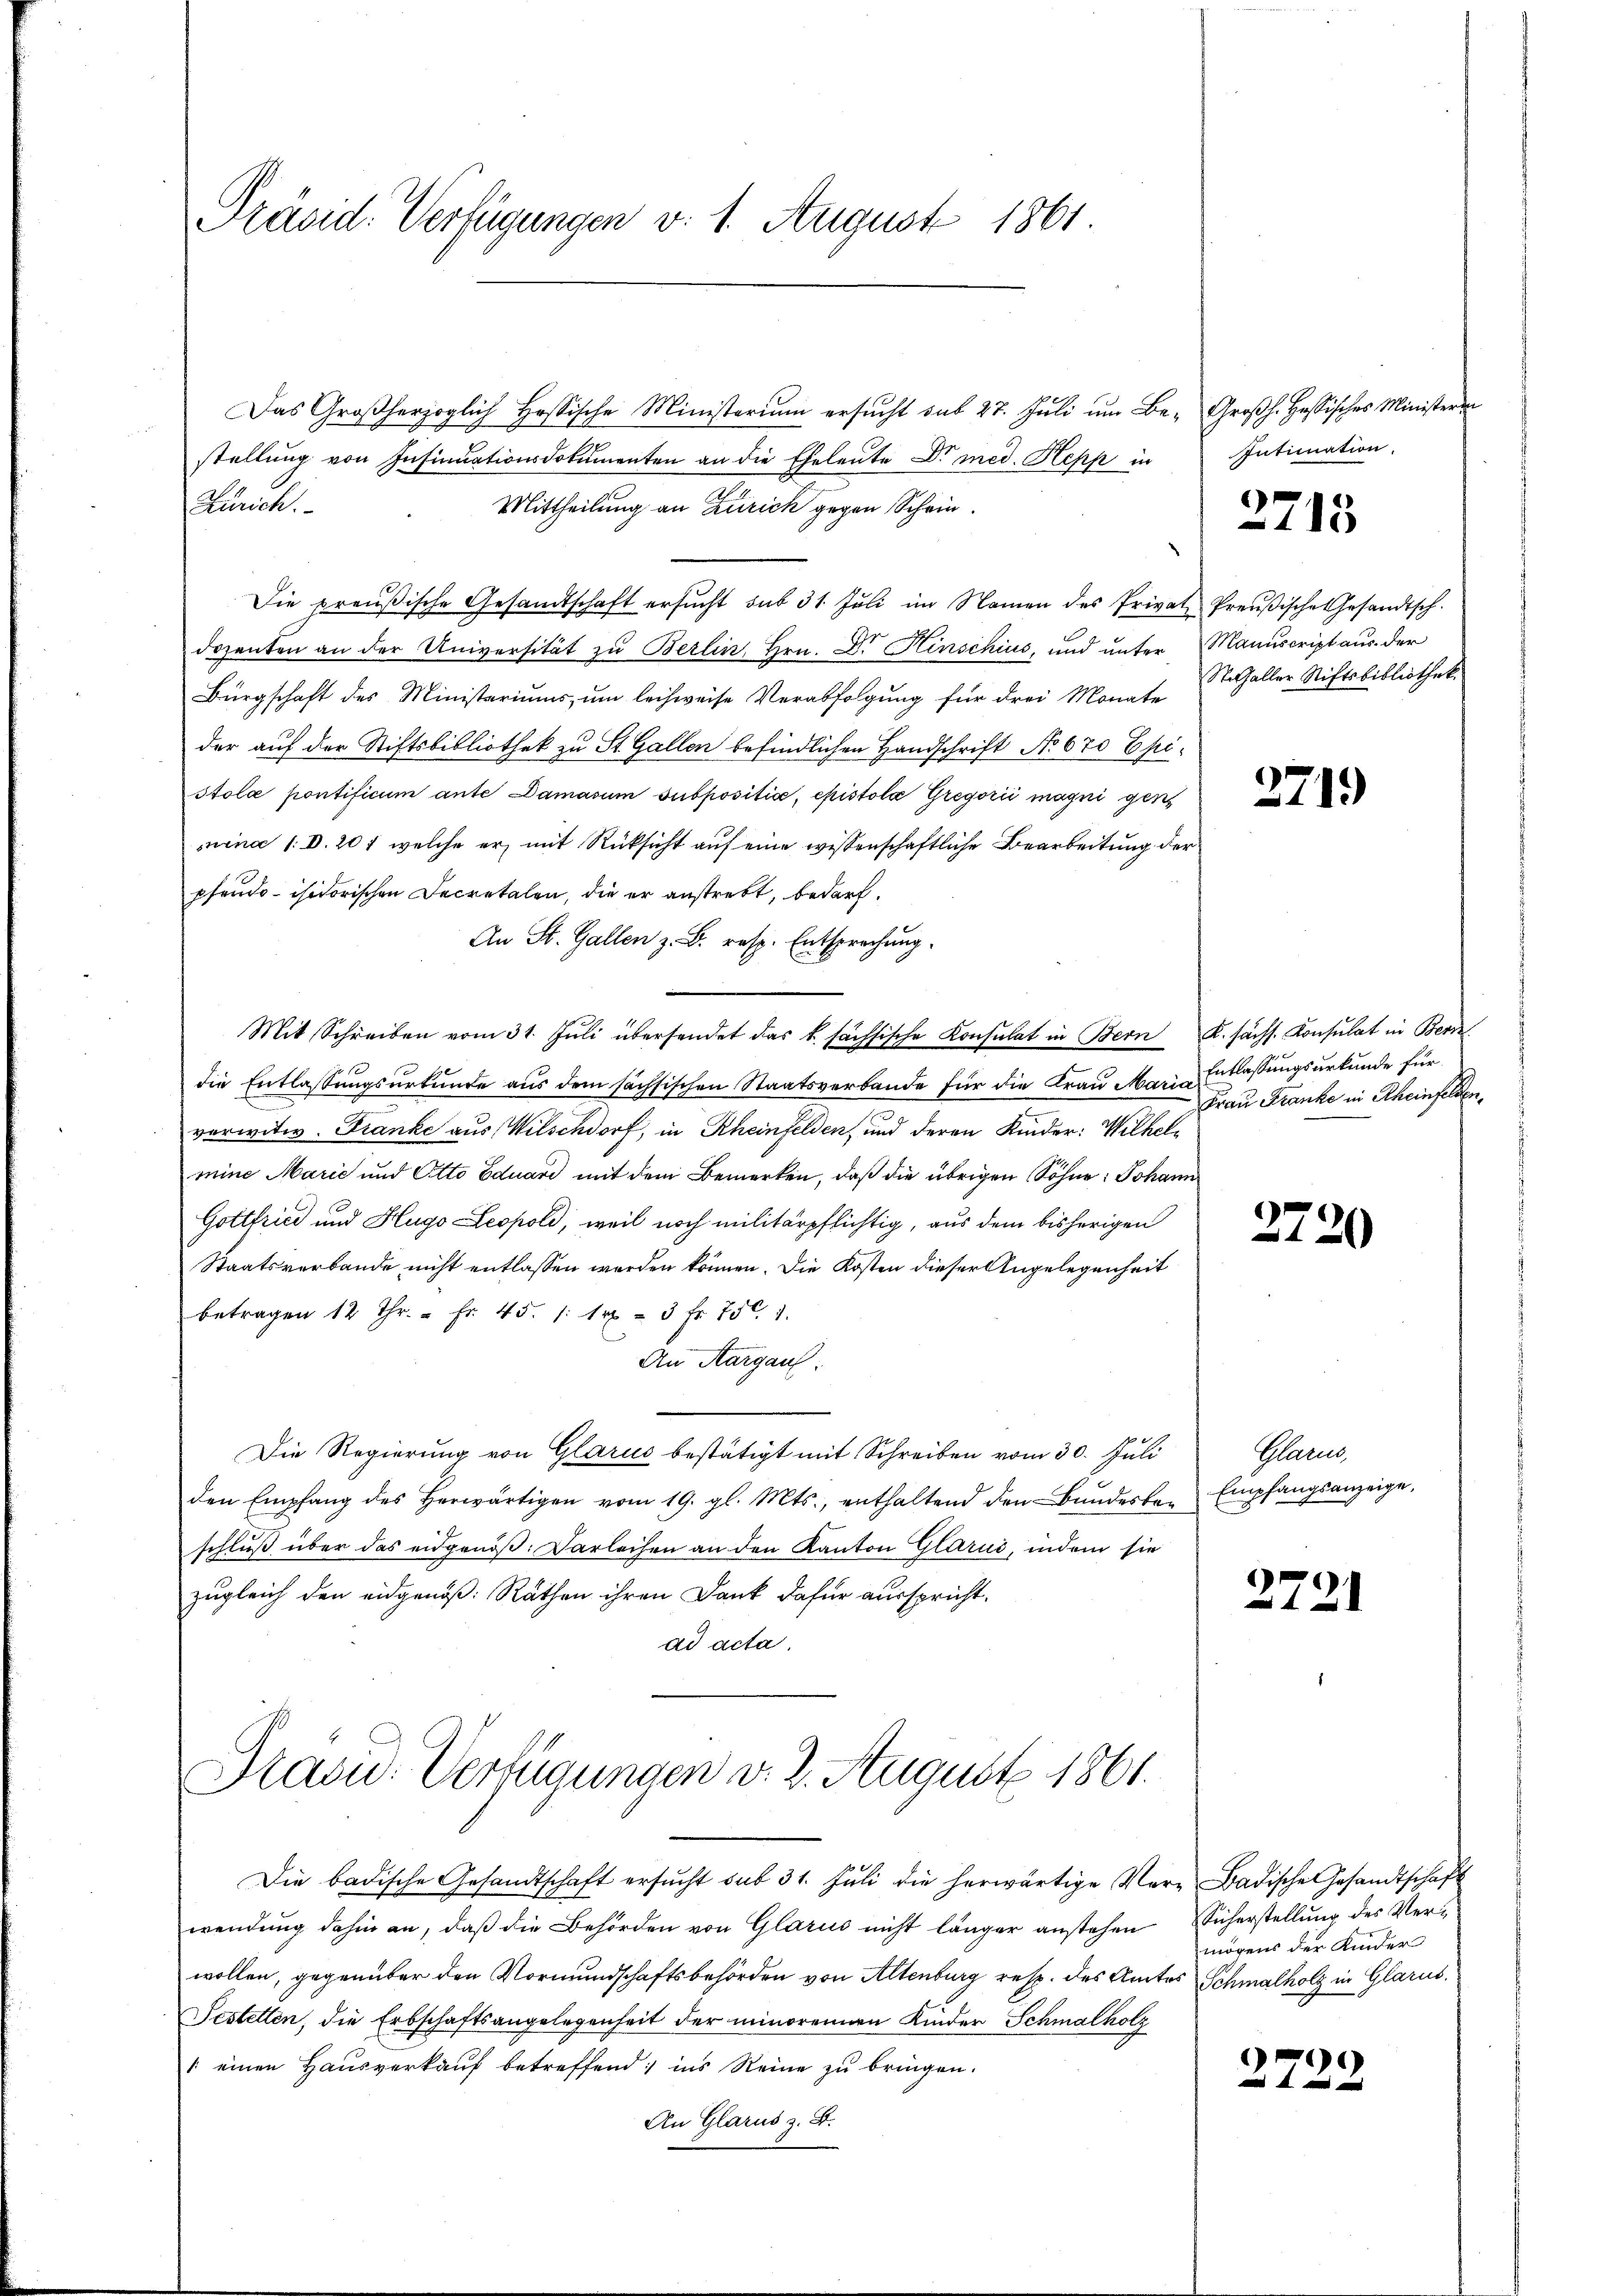
Präsid. Verfügungen v. 1. August 1861

Die badische Gesandtschaft ersŭcht sub 31. Jŭli die herwärtige Ver- Badische Gesandtschaft
wendung dahin an, daß die Behörden von Glarus nicht länger anstehen
wollen, gegenüber den Vormundschaftsbehörden von Altenburg resp. des Amtes Schmalholz in Glarus
Festellen, die Erbschaftsangelegenheit der minorenen Kinder Schmalholz
1 einen Hausverkaŭf betreffend; ins Reine zŭ bringen.
An Glarus z. B.

Das Großherzoglich Hosische Ministerium ersŭcht sub 27. Jŭli ŭm Be- Großh. Hassisches Minister
stellung von Insinuationsdokumenten an die Eheleute Dr med. Kepp in
Zürich.
Mittheilung an Zürich gegen Schrie¬
Die preußische Gesandtschaft ersŭcht sub 31. Jŭli im Namen des Privat Preŭβische Gesandtsch.
dozenten an der Universität zu Berlin, Hrn. Dr. Hinschius, und unter Manuscript aus der
Bürgschaft des Ministariŭms ŭm leichweise Verabfolgŭng für drei Monate aller Stiftsbibliothek
der auf der Stiftsbibliothek zu St. Gallen befindlichen Handschrift No 620 Epistola pontificum ante Damasum subpositio, epistola Gregorii magni gen
nina 1: D. 201, welche er mit Rücksicht auf eine wissenschaftliche Bearbeitung der
pfeudoisitorischen Decretalen, die er anstrebt, bedarf.
An St. Gallen z. B. resp. Entsprechung.
Mit Schreiben vom 31. Jŭli übersendet das k. sächsische Konsulat in Bern K. sächs. Konsulat in Bern
die Entlassungsurkunde aus dem sächsischen Staatsverbande für die Frau Marie Entlassungsurkunde für
verwitw. Franke aus Witschdorf, in Rheinfelden, und deren Kinder: Wilhelmine Marie und Otto Eduard mit dem Bemerken, daß die übrigen Söhne: Johann
Gottfried und Hugo Leopold, weil noch militärpflichtig, aus dem bisherigen
Staatsverbande nicht entlassen werden können. Die Kosten dieser Angelegenheit
betragen 12 Thr. - Fr. 45. 1: 1r 3 Fr. 756. 1.
An Aargau.
Die Regierung von Glarus bestätigt mit Schreiben vom 30. Juli
den Empfang des herwärtigen vom 19. gl. Mts., enthaltend den Bŭndesbe- Empfangsanzeige,
schluß über das eidgenöß. Darleihen an den Kanton Glarus, indem sie
zugleich den eidgenöß: Räthen ihren Dank dafür ausspricht.
ad acta.

Prasid. Verfügungen v. 2. August 1861.

Intimation.
2715

Frau Franke in Rheinfelden,

2720

Man

2721

2.

2719

Sicherstellung des Vermögens der Kinder

29